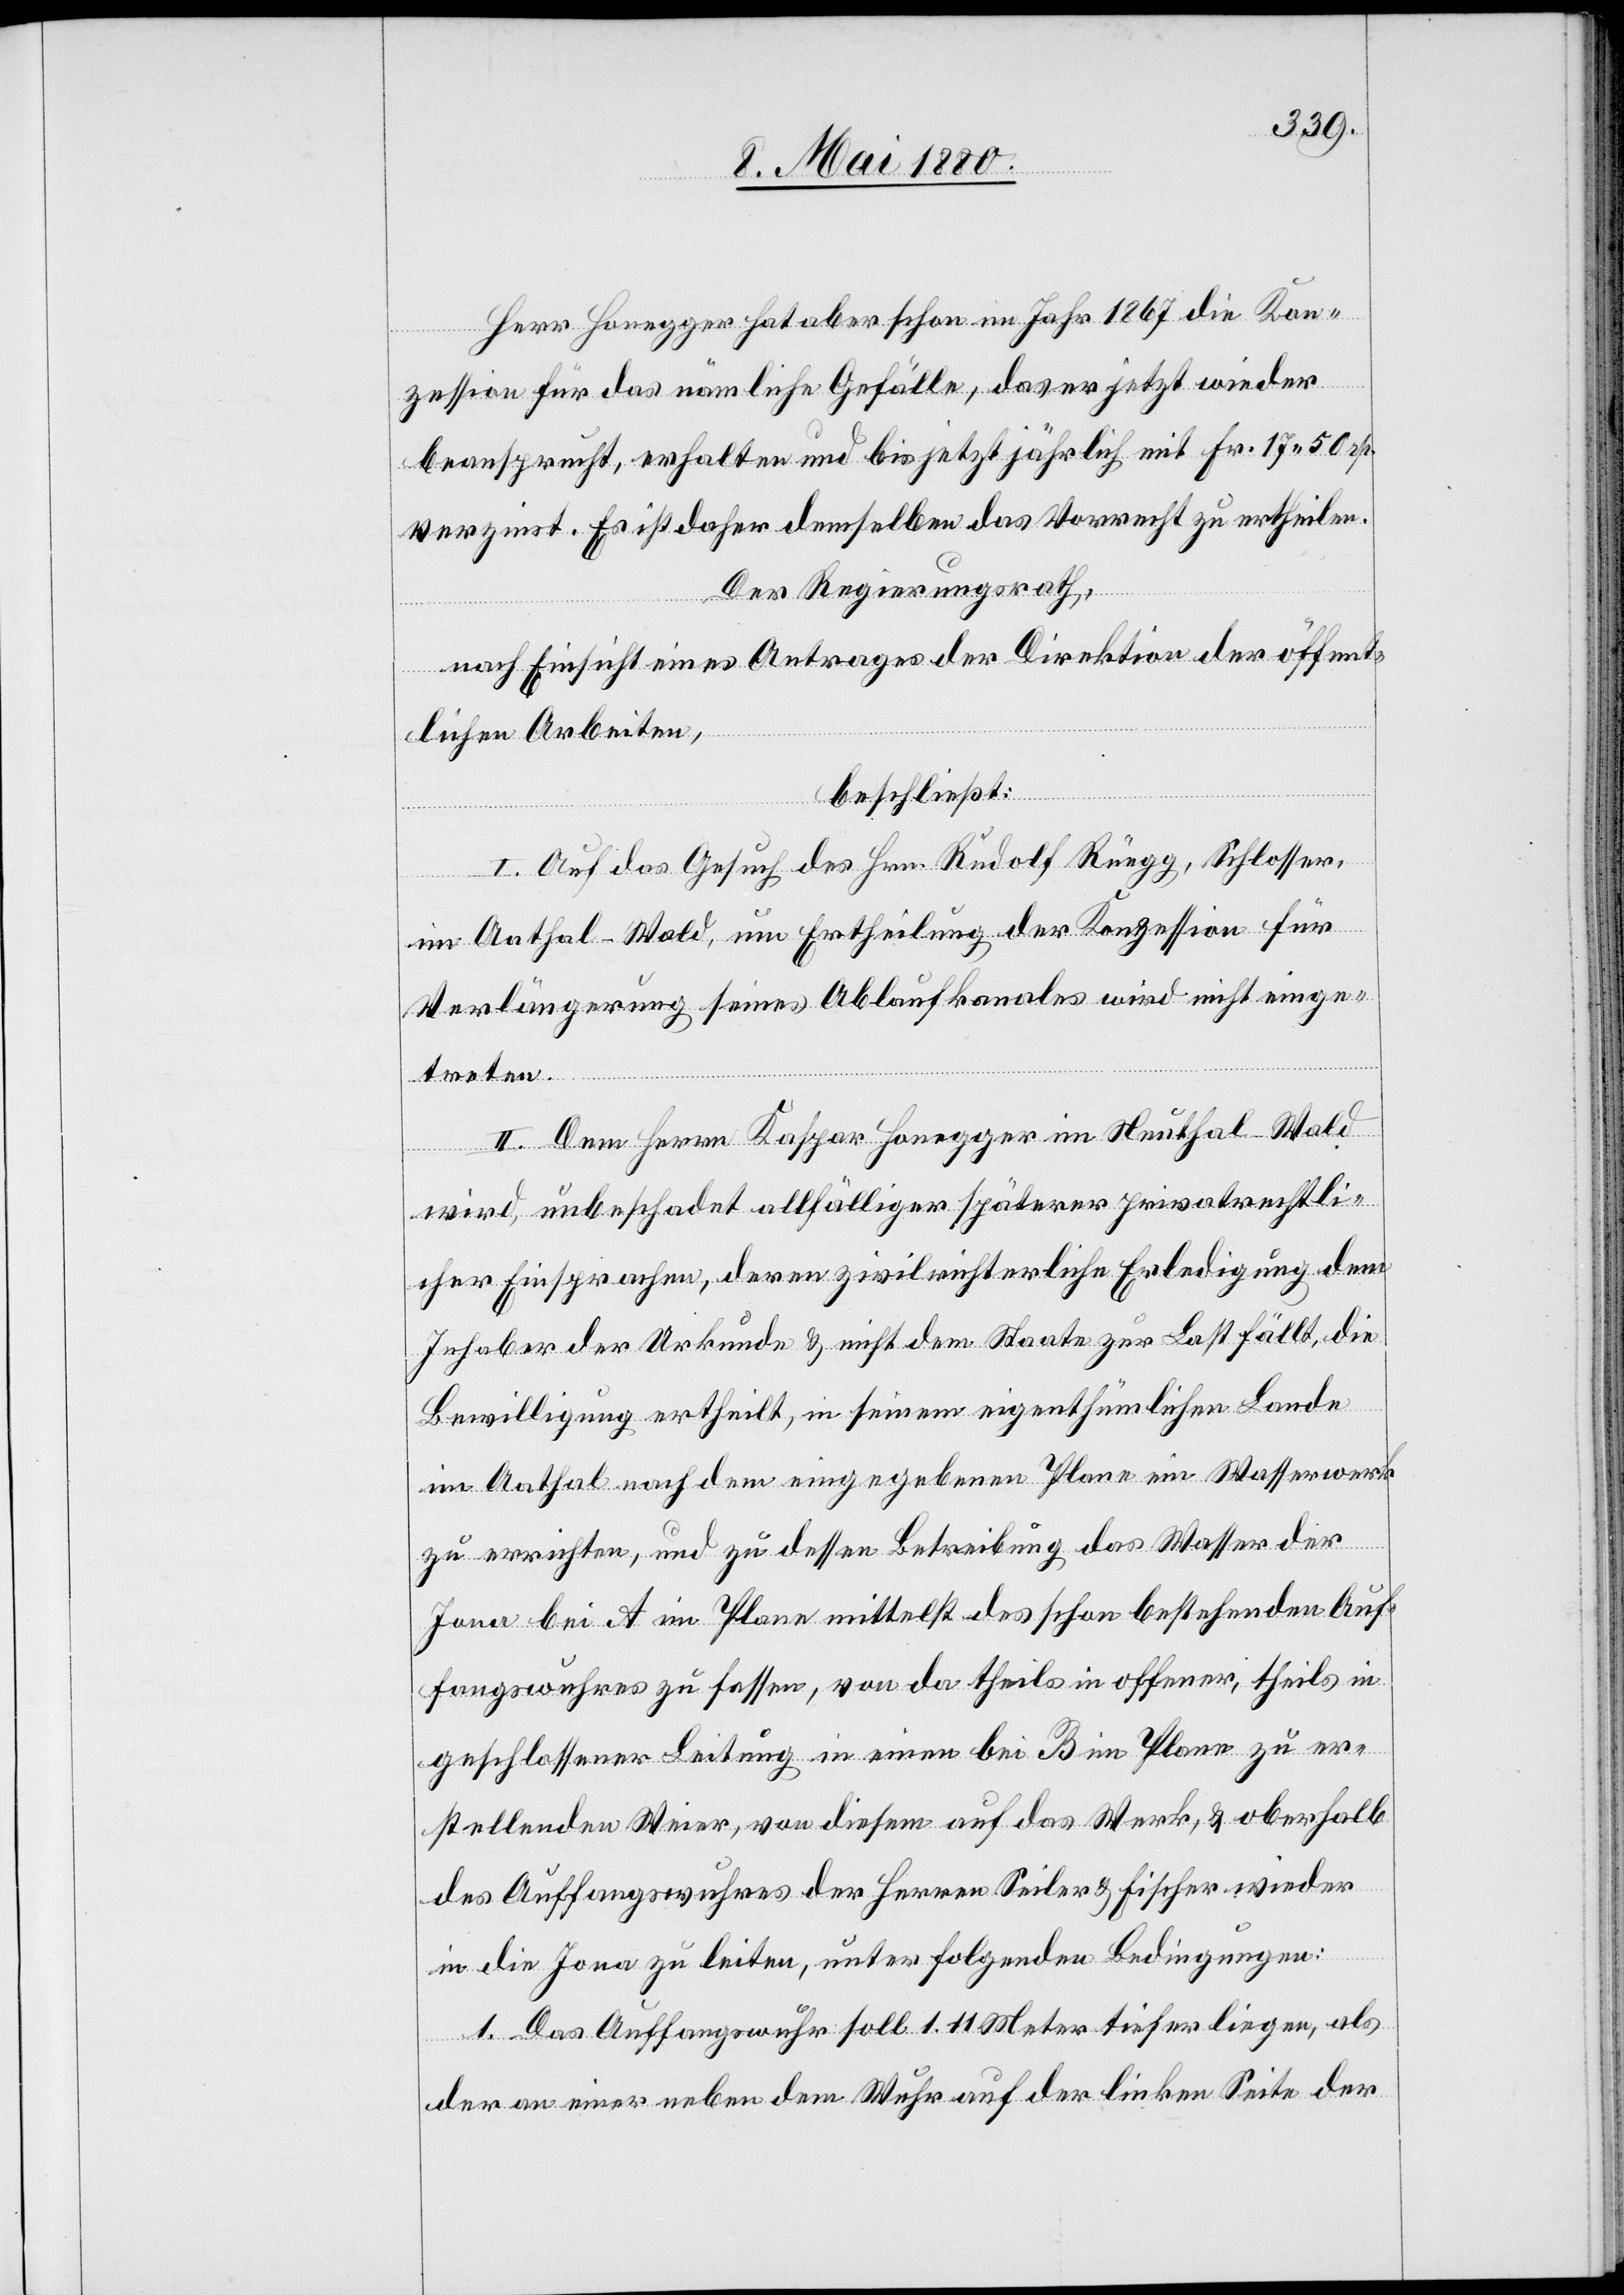
Herr Honegger hat aber schon im Jahr 1867 die Kon¬
zession für das nämliche Gefälle, das er jetzt wieder
beansprucht, erhalten und bis jetzt jährlich mit Fr. 17. 50 rp.
verzinst. Es ist daher demselben das Vorrecht zu ertheilen.
Der Regierungsrath,
nach Einsicht eines Antrages der Direktion der öffent¬
lichen Arbeiten,
beschließt:
I. Auf das Gesuch des Hrn. Rudolf Rüegg, Schlosser,
im Aathal - Wald, um Ertheilung der Konzession für
Verlängerung seines Ablaufkanales wird nicht einge¬
treten.
II. Dem Herrn Kaspar Honegger im Neuthal - Wald
wird, unbeschadet allfälliger späterer privatrechtli¬
cher Einsprachen, deren zivilrichterliche Erledigung dem
Inhaber der Urkunde & nicht dem Staate zur Last fällt, die
Bewilligung ertheilt, in seinem eigenthümlichen Lande
im Aathal nach dem eingegebenen Plane ein Wasserwerk
zu errichten, und zu dessen Betreibung das Wasser der
Jona bei A im Plane mittelst des schon bestehenden Auf¬
fangswuhres zu fassen, von da theils in offener, theils in
geschlossener Leitung in einen bei B im Plane zu er¬
stellenden Weier, von diesem auf das Werk, & oberhalb
des Auffangswuhres der Herren Seiler & Fischer wieder
in die Jona zu leiten, unter folgenden Bedingungen:
1. Das Auffangswuhr soll 1.11 Meter tiefer liegen, als
der an einer neben dem Wuhr auf der linken Seite der